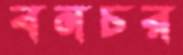
বনচর